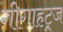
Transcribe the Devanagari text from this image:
गीगाहट्र्ज